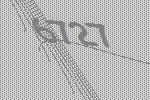
6727